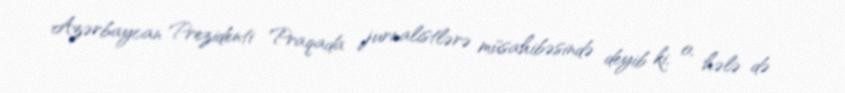
Azərbaycan Prezidenti Praqada jurnalistlərə müsahibəsində deyib ki, o, hələ də